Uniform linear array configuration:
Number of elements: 8
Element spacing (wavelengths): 0.5
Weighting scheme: kaiser
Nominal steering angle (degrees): -45
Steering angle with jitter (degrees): -46.131
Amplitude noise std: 0.05
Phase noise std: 0.05

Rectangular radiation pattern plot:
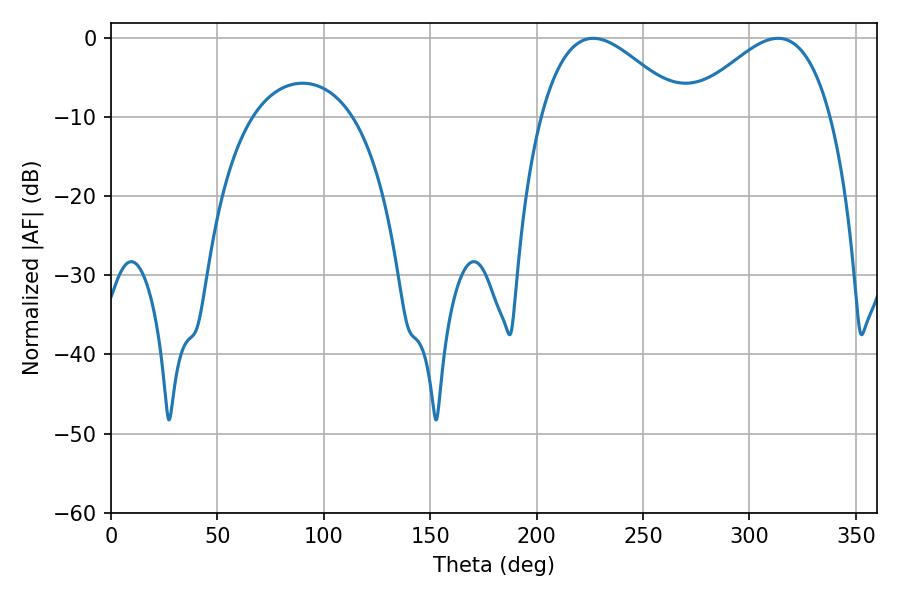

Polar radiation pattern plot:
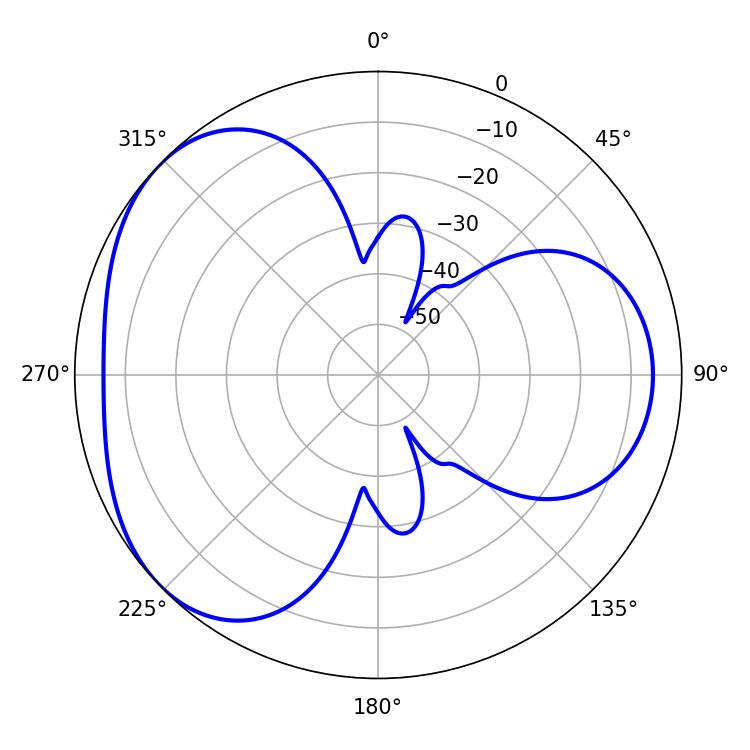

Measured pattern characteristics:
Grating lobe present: FALSE
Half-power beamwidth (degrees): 36.18
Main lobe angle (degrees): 313.38